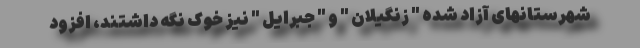
شهرستانهای آزاد شده " زنگیلان " و " جبرایل " نیز خوک نگه داشتند، افزود